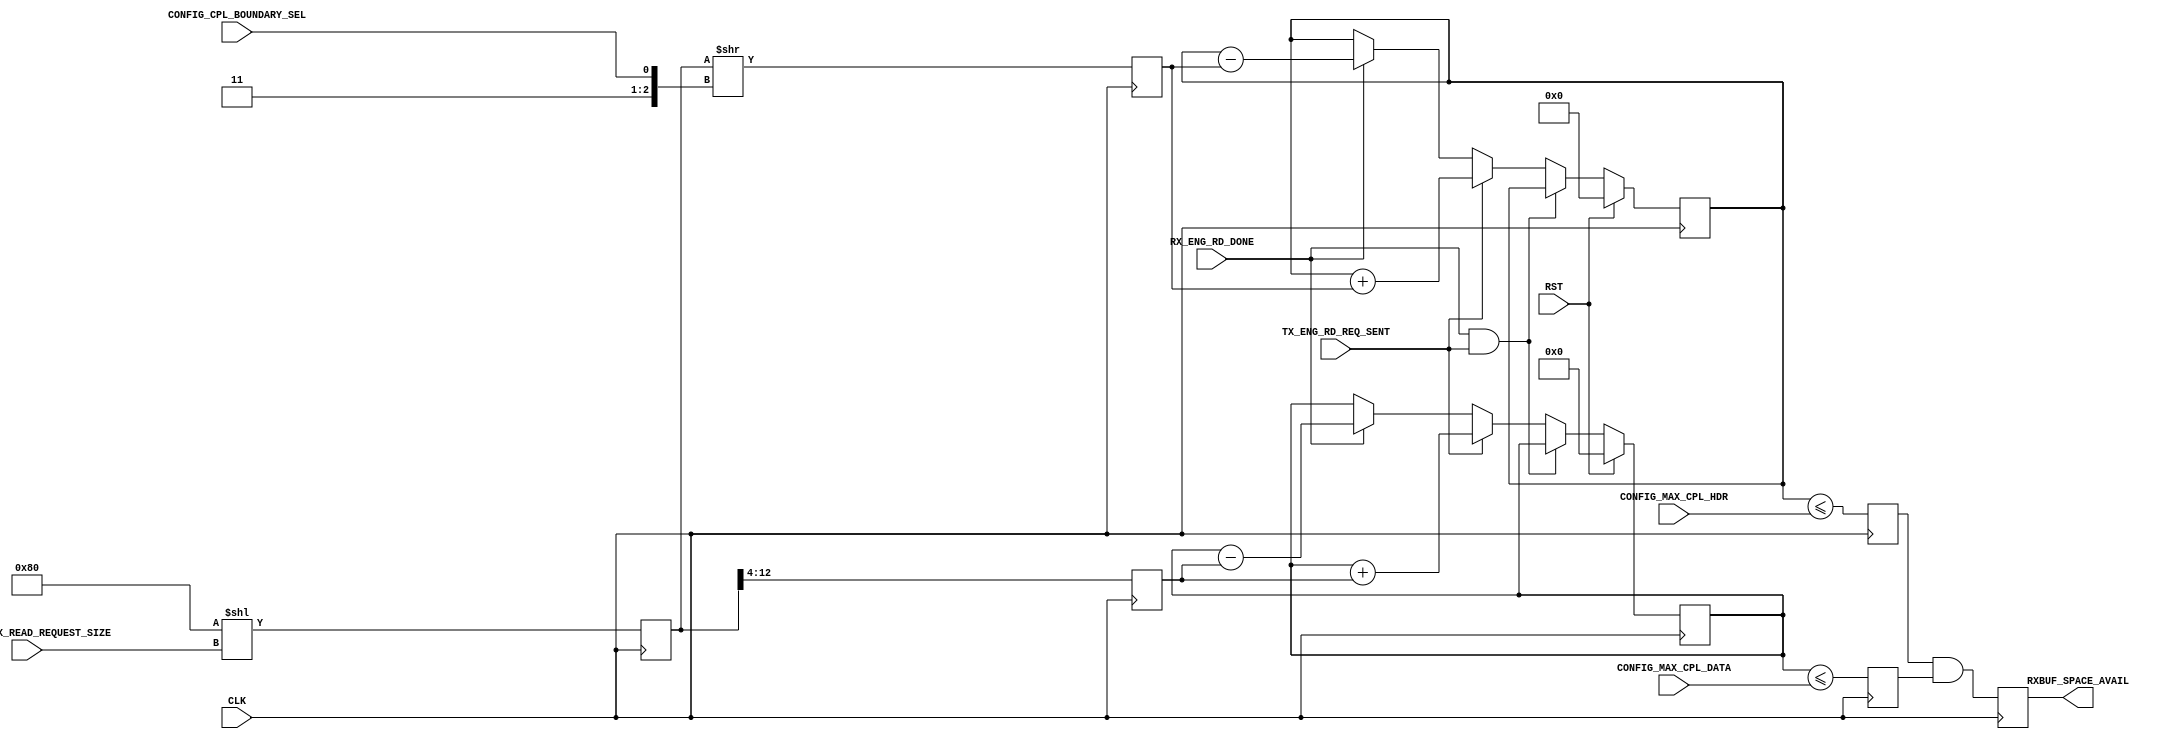
`timescale 1ns/1ns
//----------------------------------------------------------------------------
// This software is Copyright  2012 The Regents of the University of 
// California. All Rights Reserved.
//
// Permission to copy, modify, and distribute this software and its 
// documentation for educational, research and non-profit purposes, without 
// fee, and without a written agreement is hereby granted, provided that the 
// above copyright notice, this paragraph and the following three paragraphs 
// appear in all copies.
//
// Permission to make commercial use of this software may be obtained by 
// contacting:
// Technology Transfer Office
// 9500 Gilman Drive, Mail Code 0910
// University of California
// La Jolla, CA 92093-0910
// (858) 534-5815
// invent@ucsd.edu
// 
// This software program and documentation are copyrighted by The Regents of 
// the University of California. The software program and documentation are 
// supplied "as is", without any accompanying services from The Regents. The 
// Regents does not warrant that the operation of the program will be 
// uninterrupted or error-free. The end-user understands that the program was 
// developed for research purposes and is advised not to rely exclusively on 
// the program for any reason.
// 
// IN NO EVENT SHALL THE UNIVERSITY OF CALIFORNIA BE LIABLE TO
// ANY PARTY FOR DIRECT, INDIRECT, SPECIAL, INCIDENTAL, OR
// CONSEQUENTIAL DAMAGES, INCLUDING LOST PROFITS, ARISING
// OUT OF THE USE OF THIS SOFTWARE AND ITS DOCUMENTATION,
// EVEN IF THE UNIVERSITY OF CALIFORNIA HAS BEEN ADVISED OF
// THE POSSIBILITY OF SUCH DAMAGE. THE UNIVERSITY OF
// CALIFORNIA SPECIFICALLY DISCLAIMS ANY WARRANTIES,
// INCLUDING, BUT NOT LIMITED TO, THE IMPLIED WARRANTIES OF
// MERCHANTABILITY AND FITNESS FOR A PARTICULAR PURPOSE.
// THE SOFTWARE PROVIDED HEREUNDER IS ON AN "AS IS" BASIS, 
// AND THE UNIVERSITY OF CALIFORNIA HAS NO OBLIGATIONS TO
// PROVIDE MAINTENANCE, SUPPORT, UPDATES, ENHANCEMENTS, OR
// MODIFICATIONS.
//----------------------------------------------------------------------------
//----------------------------------------------------------------------------
// Version:				1.00.a
// Verilog Standard:	Verilog-2001
// Description:		Monitors the receive completion credits for headers and
// 			data to make sure the rx_port modules don't request too 
//			much data from the root complex, as this could result in
//			some data being dropped/lost.
// History:		@mattj: Version 2.0
//-----------------------------------------------------------------------------
module recv_credit_flow_ctrl
  (
   input 	CLK,
   input 	RST,
   input [2:0] 	CONFIG_MAX_READ_REQUEST_SIZE, // Maximum read payload: 000=128B, 001=256B, 010=512B, 011=1024B, 100=2048B, 101=4096B
   input [11:0] CONFIG_MAX_CPL_DATA, // Receive credit limit for data
   input [7:0] 	CONFIG_MAX_CPL_HDR, // Receive credit limit for headers
   input 	CONFIG_CPL_BOUNDARY_SEL, // Read completion boundary (0=64 bytes, 1=128 bytes)w
   input 	RX_ENG_RD_DONE, // Read completed
   input 	TX_ENG_RD_REQ_SENT, // Read completion request issued
   output 	RXBUF_SPACE_AVAIL // High if enough read completion credits exist to make a read completion request
   );

   reg 		rCreditAvail=0;
   reg 		rCplDAvail=0;
   reg 		rCplHAvail=0;
   reg [12:0] 	rMaxRecv=0;
   reg [11:0] 	rCplDAmt=0;
   reg [7:0] 	rCplHAmt=0;
   reg [11:0] 	rCplD=0;
   reg [7:0] 	rCplH=0;

   assign RXBUF_SPACE_AVAIL = rCreditAvail;

   // Determine the completions required for a max read completion request.
   always @(posedge CLK) begin
      rMaxRecv <= #1 (13'd128<<CONFIG_MAX_READ_REQUEST_SIZE);
      rCplHAmt <= #1 (rMaxRecv>>({2'b11, CONFIG_CPL_BOUNDARY_SEL}));
      rCplDAmt <= #1 (rMaxRecv>>4);
      rCplHAvail <= #1 (rCplH <= CONFIG_MAX_CPL_HDR);
      rCplDAvail <= #1 (rCplD <= CONFIG_MAX_CPL_DATA);
      rCreditAvail <= #1 (rCplHAvail & rCplDAvail);
   end

   // Count the number of outstanding read completion requests.
   always @ (posedge CLK) begin
      if (RST) begin
	 rCplH <= #1 0;
	 rCplD <= #1 0;
      end
      else if (RX_ENG_RD_DONE & TX_ENG_RD_REQ_SENT) begin
	 rCplH <= #1 rCplH;
	 rCplD <= #1 rCplD;
      end
      else if (TX_ENG_RD_REQ_SENT) begin
	 rCplH <= #1 rCplH + rCplHAmt;
	 rCplD <= #1 rCplD + rCplDAmt;
      end
      else if (RX_ENG_RD_DONE) begin
	 rCplH <= #1 rCplH - rCplHAmt;
	 rCplD <= #1 rCplD - rCplDAmt;
      end
   end

endmodule